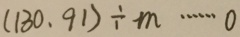
( 1 3 0 , 9 1 ) \div m \cdots 0